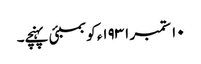
١٠ ستمبر ١٩٣١ء کو بمبئی پہنچے۔